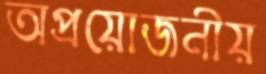
অপ্রয়োজনীয়